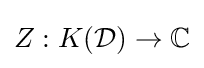
Z:K({\mathcal {D}})\to \mathbb {C}